Annual report on the working of the lock hospitals in the Central Provinces
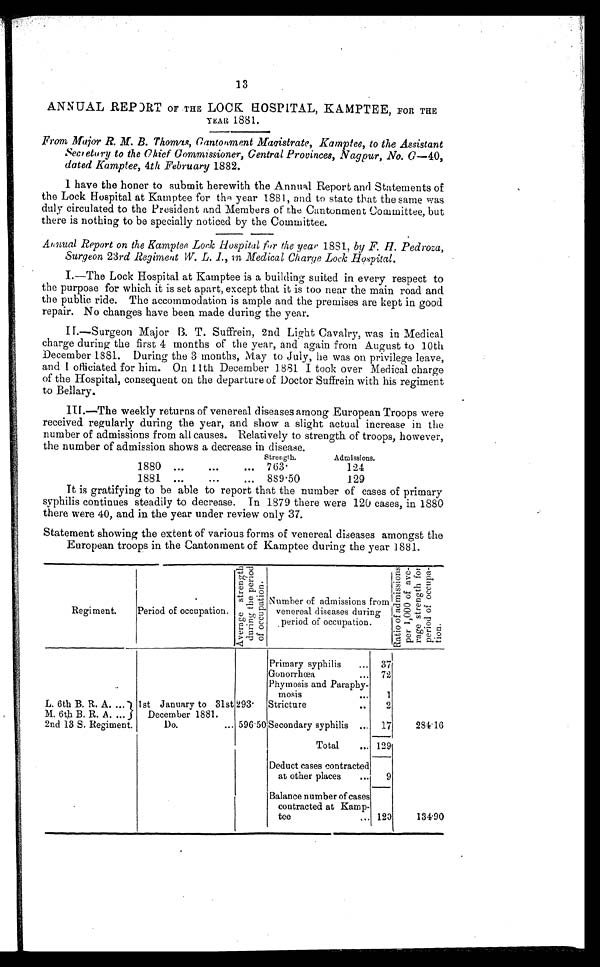
13
ANNUAL REPORT OF THE LOCK HOSPITAL, KAMPTEE, FOR THE
YEAR 1881.
From Major R. M. B. Thomas, Cantonment Magistrate, Kamptee, to the Assistant
Secretary to the Chief Commissioner, Central Provinces, Nagpur, No. G— 40,
dated Kamptee, 4th February 1882.
I have the honer to submit herewith the Annual Report and Statements of
the Lock Hospital at Kamptee for the year 1881, and to state that the same was
duly circulated to the President and Members of the Cantonment Committee, but
there is nothing to be specially noticed by the Committee.
Annual Report on the Kamptee, Lock Hospital for the year 1881, by F. H. Pedroza,
Surgeon 23rd Regiment W. L. I., in Medical Charge Lock Hospital.
I.—The Lock Hospital at Kamptee is a building suited in every respect to
the purpose for which it is set apart, except that it is too near the main road and
the public ride. The accommodation is ample and the premises are kept in good
repair. No changes have been made during the year.
II.—Surgeon Major B. T. Suffrein, 2nd Light Cavalry, was in Medical
charge during the first 4 months of the year, and again from August to 10th
December 1881. During the 3 months, May to July, he was on privilege leave,
and I officiated for him. On 11th December 1881 I took over Medical charge
of the Hospital, consequent on the departure of Doctor Suffrein with his regiment
to Bellary.
III.—The weekly returns of venereal diseases among European Troops were
received regularly during the year, and show a slight actual increase in the
number of admissions from all causes. Relatively to strength of troops, however,
the number of admission shows a decrease in disease.
1880 ...
...
...
Strength.
763.
Admissions.
124
1881 ...
. . .
...
889.50
129
It is gratifying to be able to report that the number of cases of primary
syphilis continues steadily to decrease. In 1879 there were 120 cases, in 1880
there were 40, and in the year under review only 37.
Statement showing the extent of various forms of venereal diseases amongst the
European troops in the Cantonment of Kamptee during the year 1881.
Regiment.
Period of occupation.
A v e r a g e s t r e n g t h d u r i n g t h e p e r i o d o f o c c u p a t i o n .
Number of admissions
from venereal diseases during
period of occupation.
R a t i o o f a d m i s s i o n s p e r 1 , 0 0 0 o f a v e - r a g e s t r e n g t h f o r p e r i o d o f o c c u p a - t i o n .
Primary syphilis... 37
Gonorrhœa... 72
Phymosis and Paraphy-
mosis...
1
L. 6th B. R. A. ...
1st January to 31st
December 1881.
293.
Stricture..
2
M. 6th B. R. A. ...
Do.... 596.50 Secondary syphilis... 17
284.16
2nd 13 S. Regiment.
Total... 129
Deduct cases contracted
at other places...
9
.
Balance number of cases
contracted at Kamp-
tee... 120
134.90